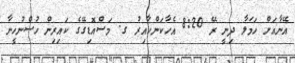
އޭނާއަށް ހަމަލާ ދިނީ ރޭ 8:20 އެހާކަންހާއިރު ގ. މަސްއޮޑިގޭގެ ކައިރިން ހުސްނުހީނާ